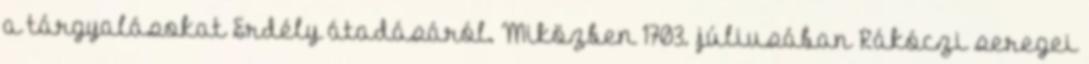
a tárgyalásokat Erdély átadásáról. Miközben 1703. júliusában Rákóczi seregei